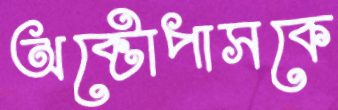
অক্টোপাসকে